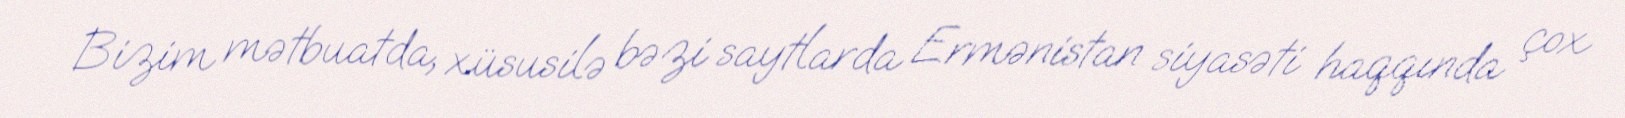
Bizim mətbuatda, xüsusilə bəzi saytlarda Ermənistan siyasəti haqqında çox